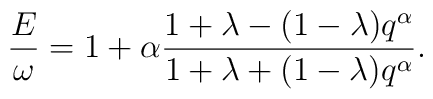
\frac{E}{\omega}= 1 + \alpha \frac{1+\lambda - (1-\lambda)q^\alpha}{1+\lambda + (1-\lambda)q^\alpha}.